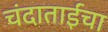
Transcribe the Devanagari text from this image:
चंदाताईंचा